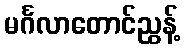
မင်္ဂလာတောင်ညွန့်